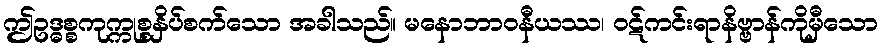
ဤဥဒ္ဓစ္စကုက္ကုစ္စနှိပ်စက်သော အခါသည်။ မနောဘာဝနီယဿ၊ ဝဋ်ကင်းရာနိဗ္ဗာန်ကိုမှီသော